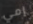
إمي